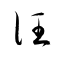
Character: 汪